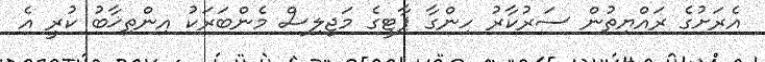
އެރަށުގެ ރައްޔިތުން ސަރުކާރު ހިންގާ ޕާޓީގެ މަޖިލިސް މެންބަރަކު އިންތިޚާބު ކުރީ އެ